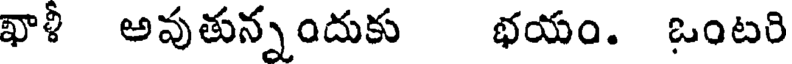
ఖాళీ అవుతున్నందుకు భయం. ఒంటరి